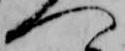
へ